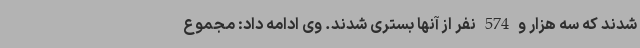
شدند که سه هزار و 574 نفر از آنها بستری شدند. وی ادامه داد: مجموع